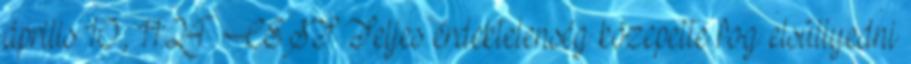
április 10., 11:24 CEST Teljes érdektelenség közepette fog elsüllyedni